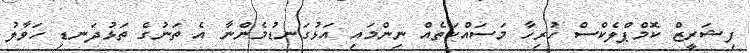
ފިޝަރީޒް ކޮމްޕްލެކްސް ހުރިހާ މަސައްކަތެއް ނިންމައި އަޅުގަނޑުމެންނާ އެ ތަނުގެ ތަޅުދަނޑި ހަވާލު